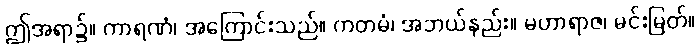
ဤအရာ၌။ ကာရဏံ၊ အကြောင်းသည်။ ကတမံ၊ အဘယ်နည်း။ မဟာရာဇ၊ မင်းမြတ်။